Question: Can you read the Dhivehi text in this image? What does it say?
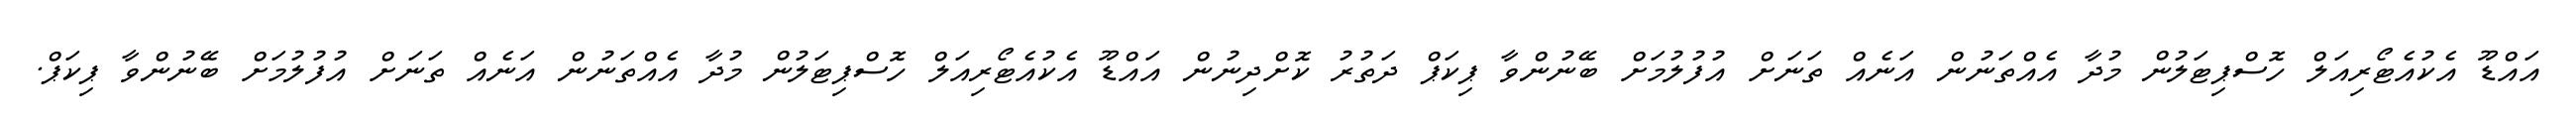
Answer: އައްޑޫ އެކުއެޓޯރިއަލް ހޮސްޕިޓަލުން މުދާ އެއްތަނުން އަނެއް ތަނަށް އުފުލުމަށް ބޭނުންވާ ޕިކަޕް ދަތުރު ކޮށްދިނުން އައްޑޫ އެކުއެޓޯރިއަލް ހޮސްޕިޓަލުން މުދާ އެއްތަނުން އަނެއް ތަނަށް އުފުލުމަށް ބޭނުންވާ ޕިކަޕް.